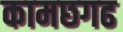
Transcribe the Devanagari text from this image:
कामछगढ